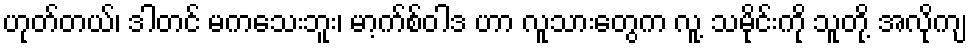
ဟုတ်တယ်၊ ဒါတင် မကသေးဘူး၊ မာ့က်စ်ဝါဒ ဟာ လူသားတွေက လူ့ သမိုင်းကို သူတို့ အလိုကျ